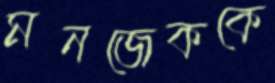
মনজেককে